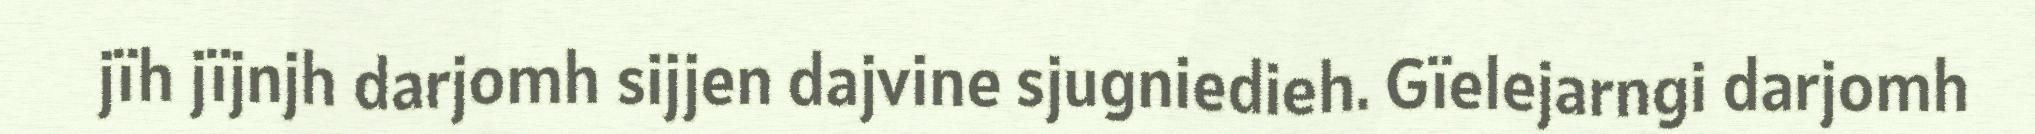
jïh jïjnjh darjomh sijjen dajvine sjugniedieh. Gïelejarngi darjomh